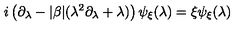
i \left( \partial _ { \lambda } - \vert \beta \vert ( \lambda ^ { 2 } \partial _ { \lambda } + \lambda ) \right) \psi _ { \xi } ( \lambda ) = \xi \psi _ { \xi } ( \lambda )